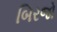
બિરજો